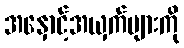
အနှောင့်အယှက်များကို